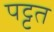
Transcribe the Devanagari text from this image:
पट्टत